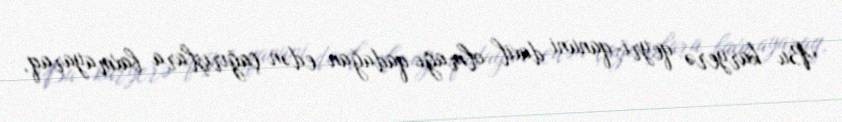
Bu karyerə qeyri-qanuni daxil olmağı qadağan edən çağırışlara baxmayaraq,